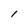
Character: l